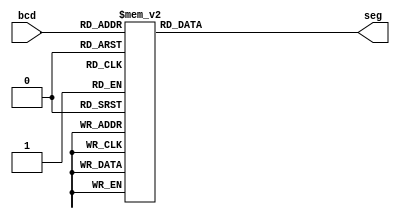
module bcd2hex(bcd, seg);

	input [3:0] bcd;
	output [6:0] seg;
	
	reg [6:0] seg;

	always @(bcd)
		begin
			case (bcd) //case statement
				0 : seg = 7'b1000000;
				1 : seg = 7'b1111001;
				2 : seg = 7'b0100100;
				3 : seg = 7'b0110000;
				4 : seg = 7'b0011001;
				5 : seg = 7'b0010010;
				6 : seg = 7'b0000010;
				7 : seg = 7'b1111000;
				8 : seg = 7'b0000000;
				9 : seg = 7'b0010000;
				default : seg = 7'b1111111; 
			endcase
		end

endmodule